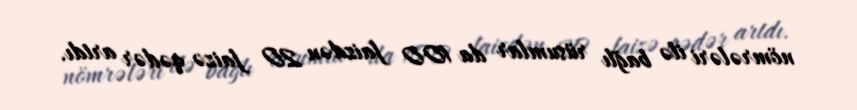
nömrələri ilə bağlı rüsumlar da 100 faizdən 20 faizə qədər artdı.